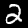
Digit: 2